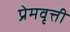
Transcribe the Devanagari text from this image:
प्रेमवृत्ती